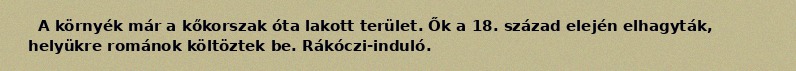
A környék már a kőkorszak óta lakott terület. Ők a 18. század elején elhagyták, helyükre románok költöztek be. Rákóczi-induló.